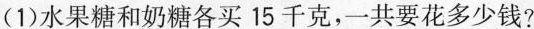
(1)水果糖和奶糖各买15千克，一共要花多少钱?